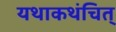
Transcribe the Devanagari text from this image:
यथाकथंचित्‌